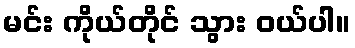
မင်း ကိုယ်တိုင် သွား ဝယ်ပါ။